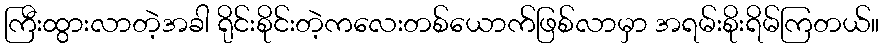
ကြီးထွားလာတဲ့အခါ ရိုင်းစိုင်းတဲ့ကလေးတစ်ယောက်ဖြစ်လာမှာ အရမ်းစိုးရိမ်ကြတယ်။